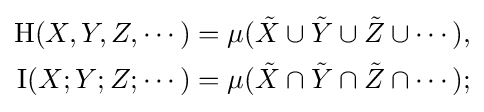
{\begin{aligned}\mathrm {H} (X,Y,Z,\cdots )&=\mu ({\tilde {X}}\cup {\tilde {Y}}\cup {\tilde {Z}}\cup \cdots ),\\\operatorname {I} (X;Y;Z;\cdots )&=\mu ({\tilde {X}}\cap {\tilde {Y}}\cap {\tilde {Z}}\cap \cdots );\end{aligned}}